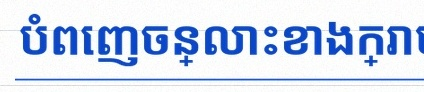
បំពេញចន្លោះខាងក្រោម